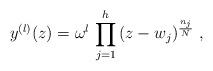
LaTeX: \begin{align*}y^{(l)}(z)= \omega^l \,\prod_{j=1}^h\, (z-w_j)^{n_j\over N}~,\end{align*}